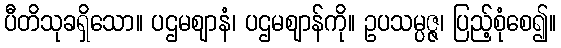
ပီတိသုခရှိသော။ ပဌမဈာနံ၊ ပဌမဈာန်ကို။ ဥပသမ္ပဇ္ဇ၊ ပြည့်စုံစေ၍။